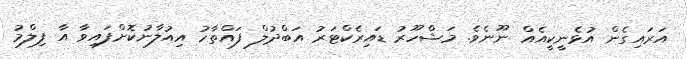
އަރައިގެން އުޅެނީކީއެއް ނޫނެވެ. މަޝްހޫރު ޑައިރެކްޓަރު އަބްދުލް ފައްތާހު އިއުލާނުކޮށްފައިވާ އާ ފިލްމު